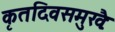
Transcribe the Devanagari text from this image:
कृतदिवसमुखैः